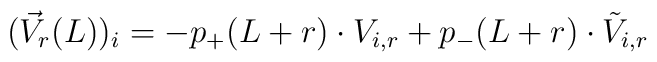
(\vec{V}_r(L))_i = -p_{+}(L+r)\cdot V_{i,r}+p_{-}(L+r)\cdot\tilde{V}_{i,r}